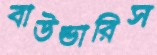
বাউন্ডারিস